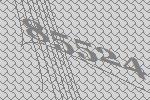
85524